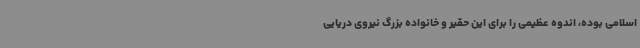
اسلامی بوده، اندوه عظیمی را برای این حقیر و خانواده بزرگ نیروی دریایی